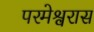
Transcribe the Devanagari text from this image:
परमेश्वरास